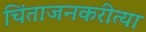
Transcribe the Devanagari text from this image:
चिंताजनकरीत्या